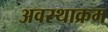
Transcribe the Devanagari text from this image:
अवस्थाक्रम